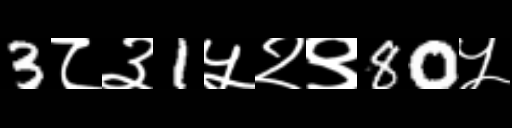
Text: 3८३1५२९80५